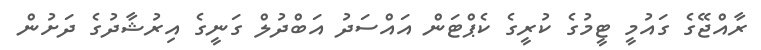
ރާއްޖޭގެ ގައުމީ ޓީމުގެ ކުރީގެެ ކެޕްޓަން އައްސަދު އަބްދުލް ގަނީގެ އިރުޝާދުގެ ދަށުން